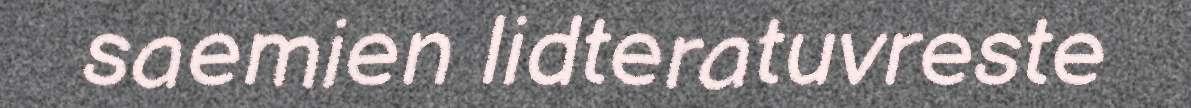
saemien lidteratuvreste